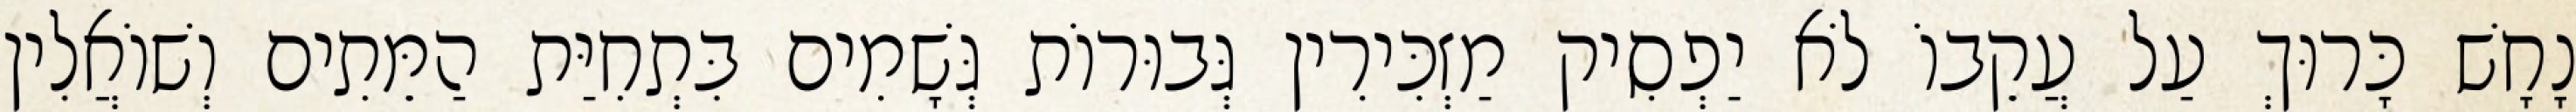
נָחָשׁ כָּרוּךְ עַל עֲקֵבוֹ לֹא יַפְסִיק מַזְכִּירִין גְּבוּרוֹת גְּשָׁמִים בִּתְחִיַּת הַמֵּתִים וְשׁוֹאֲלִין